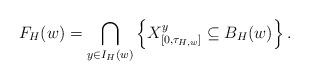
LaTeX: \begin{align*}F_H(w)=\bigcap_{y\in I_H(w)} \left\{X^y_{[0,\tau_{H,w}]}\subseteq B_H(w)\right\}.\end{align*}